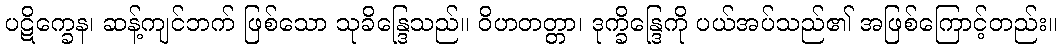
ပဋိက္ခေန၊ ဆန့်ကျင်ဘက် ဖြစ်သော သုခိန္ဒြေသည်။ ဝိဟတတ္တာ၊ ဒုက္ခိန္ဒြေကို ပယ်အပ်သည်၏ အဖြစ်ကြောင့်တည်း။